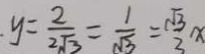
y = \frac { 2 } { 2 \sqrt { 3 } } = \frac { 1 } { \sqrt { 3 } } = \frac { \sqrt { 3 } } { 3 } x